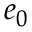
e _ { 0 }